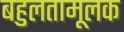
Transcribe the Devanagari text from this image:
बहुलतामूलक